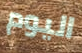
اليوم